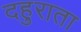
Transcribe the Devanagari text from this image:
दहुराता